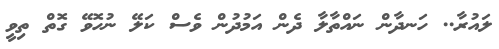
ލައުރާ.. ހަނދާން ނައްތާލާ ދެން އަމުދުން ވެސް ކަލޭ ނުހޮވޭ ގޮތް ތިވީ